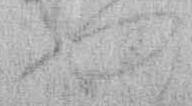
や